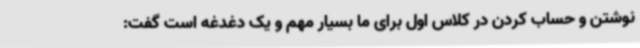
نوشتن و حساب کردن در کلاس اول برای ما بسیار مهم و یک دغدغه است گفت: